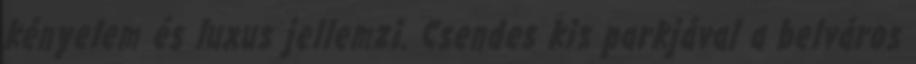
kényelem és luxus jellemzi. Csendes kis parkjával a belváros